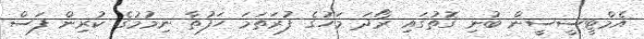
އެމްޓީސީސީން ބުނި ގޮތުގައި ރޯދަ މަހުގެ ފުރަތަމަ ހަފުތާ ނިމުމުގެ ކުރިން ފަސް